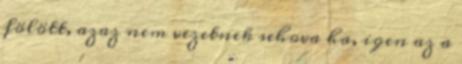
fölött, azaz nem vezetnek sehova ha, igen az a